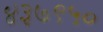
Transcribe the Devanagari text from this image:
४३७९५०